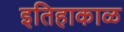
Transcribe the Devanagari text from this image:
इतिहाकाळ